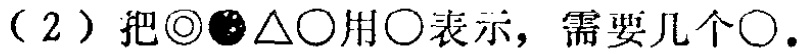
（2）把\(◎●\triangle○\)用\(○\)表示，需要几个\(○\)。